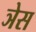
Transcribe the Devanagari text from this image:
ञेस